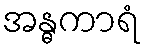
အန္ဓကာရံ